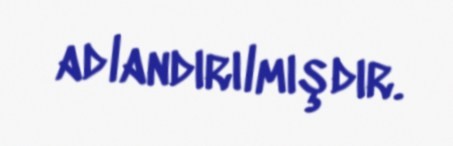
adlandırılmışdır.